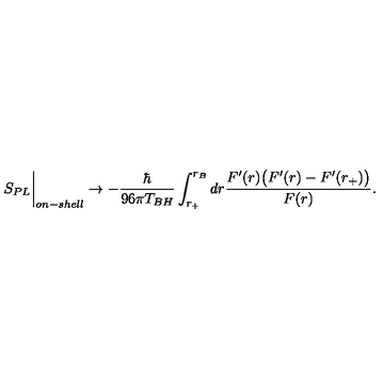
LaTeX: S _ { P L } \biggr \vert _ { o n - s h e l l } \rightarrow - \frac { \hbar } { 9 6 \pi T _ { B H } } \int _ { r _ { + } } ^ { r _ { B } } d r \frac { F ^ { \prime } ( r ) \bigl ( F ^ { \prime } ( r ) - F ^ { \prime } ( r _ { + } ) \bigl ) } { F ( r ) } .